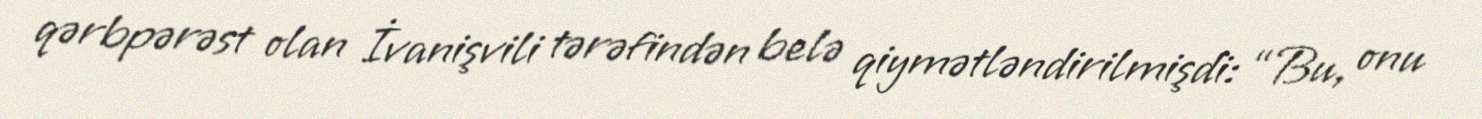
qərbpərəst olan İvanişvili tərəfindən belə qiymətləndirilmişdi: “Bu, onu